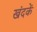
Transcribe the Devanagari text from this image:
खंदकें